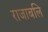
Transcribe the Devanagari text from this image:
राजाबलि